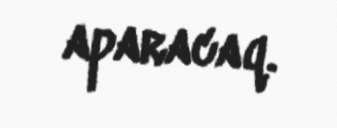
aparacaq.